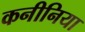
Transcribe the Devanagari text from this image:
कनीनिया